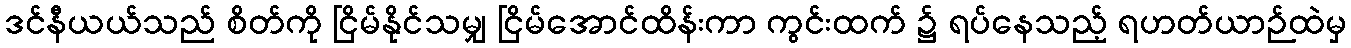
ဒင်နီယယ်သည် စိတ်ကို ငြိမ်နိုင်သမျှ ငြိမ်အောင်ထိန်းကာ ကွင်းထက် ၌ ရပ်နေသည့် ရဟတ်ယာဉ်ထဲမှ